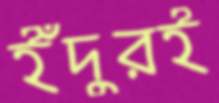
ইঁদুরই